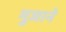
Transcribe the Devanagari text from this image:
भुजाने